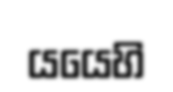
යයෙහි